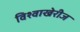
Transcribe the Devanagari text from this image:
विश्वाखेरीज